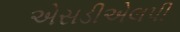
એસડીએલપી